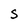
Character: S